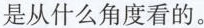
是从什么角度看的。